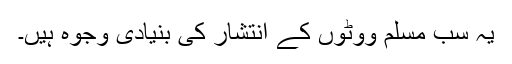
یہ سب مسلم ووٹوں کے انتشار کی بنیادی وجوہ ہیں۔